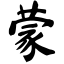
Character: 蒙